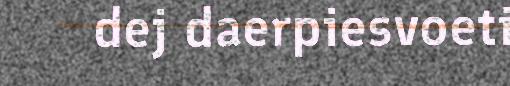
dej daerpiesvoeti